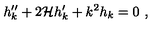
h _ { k } ^ { \prime \prime } + 2 { \cal H } h _ { k } ^ { \prime } + k ^ { 2 } h _ { k } = 0 \ ,